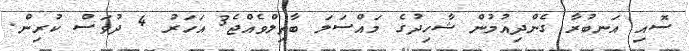
ސޮއި އަނބުރާ ގެންދިއުމުން ޝާހިދުގެ މައްސަލަ ބާތިލްވެއްޖެ3 އަހަރު 4 ދުވަސް ކުރިން.